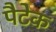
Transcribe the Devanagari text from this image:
पैटेक